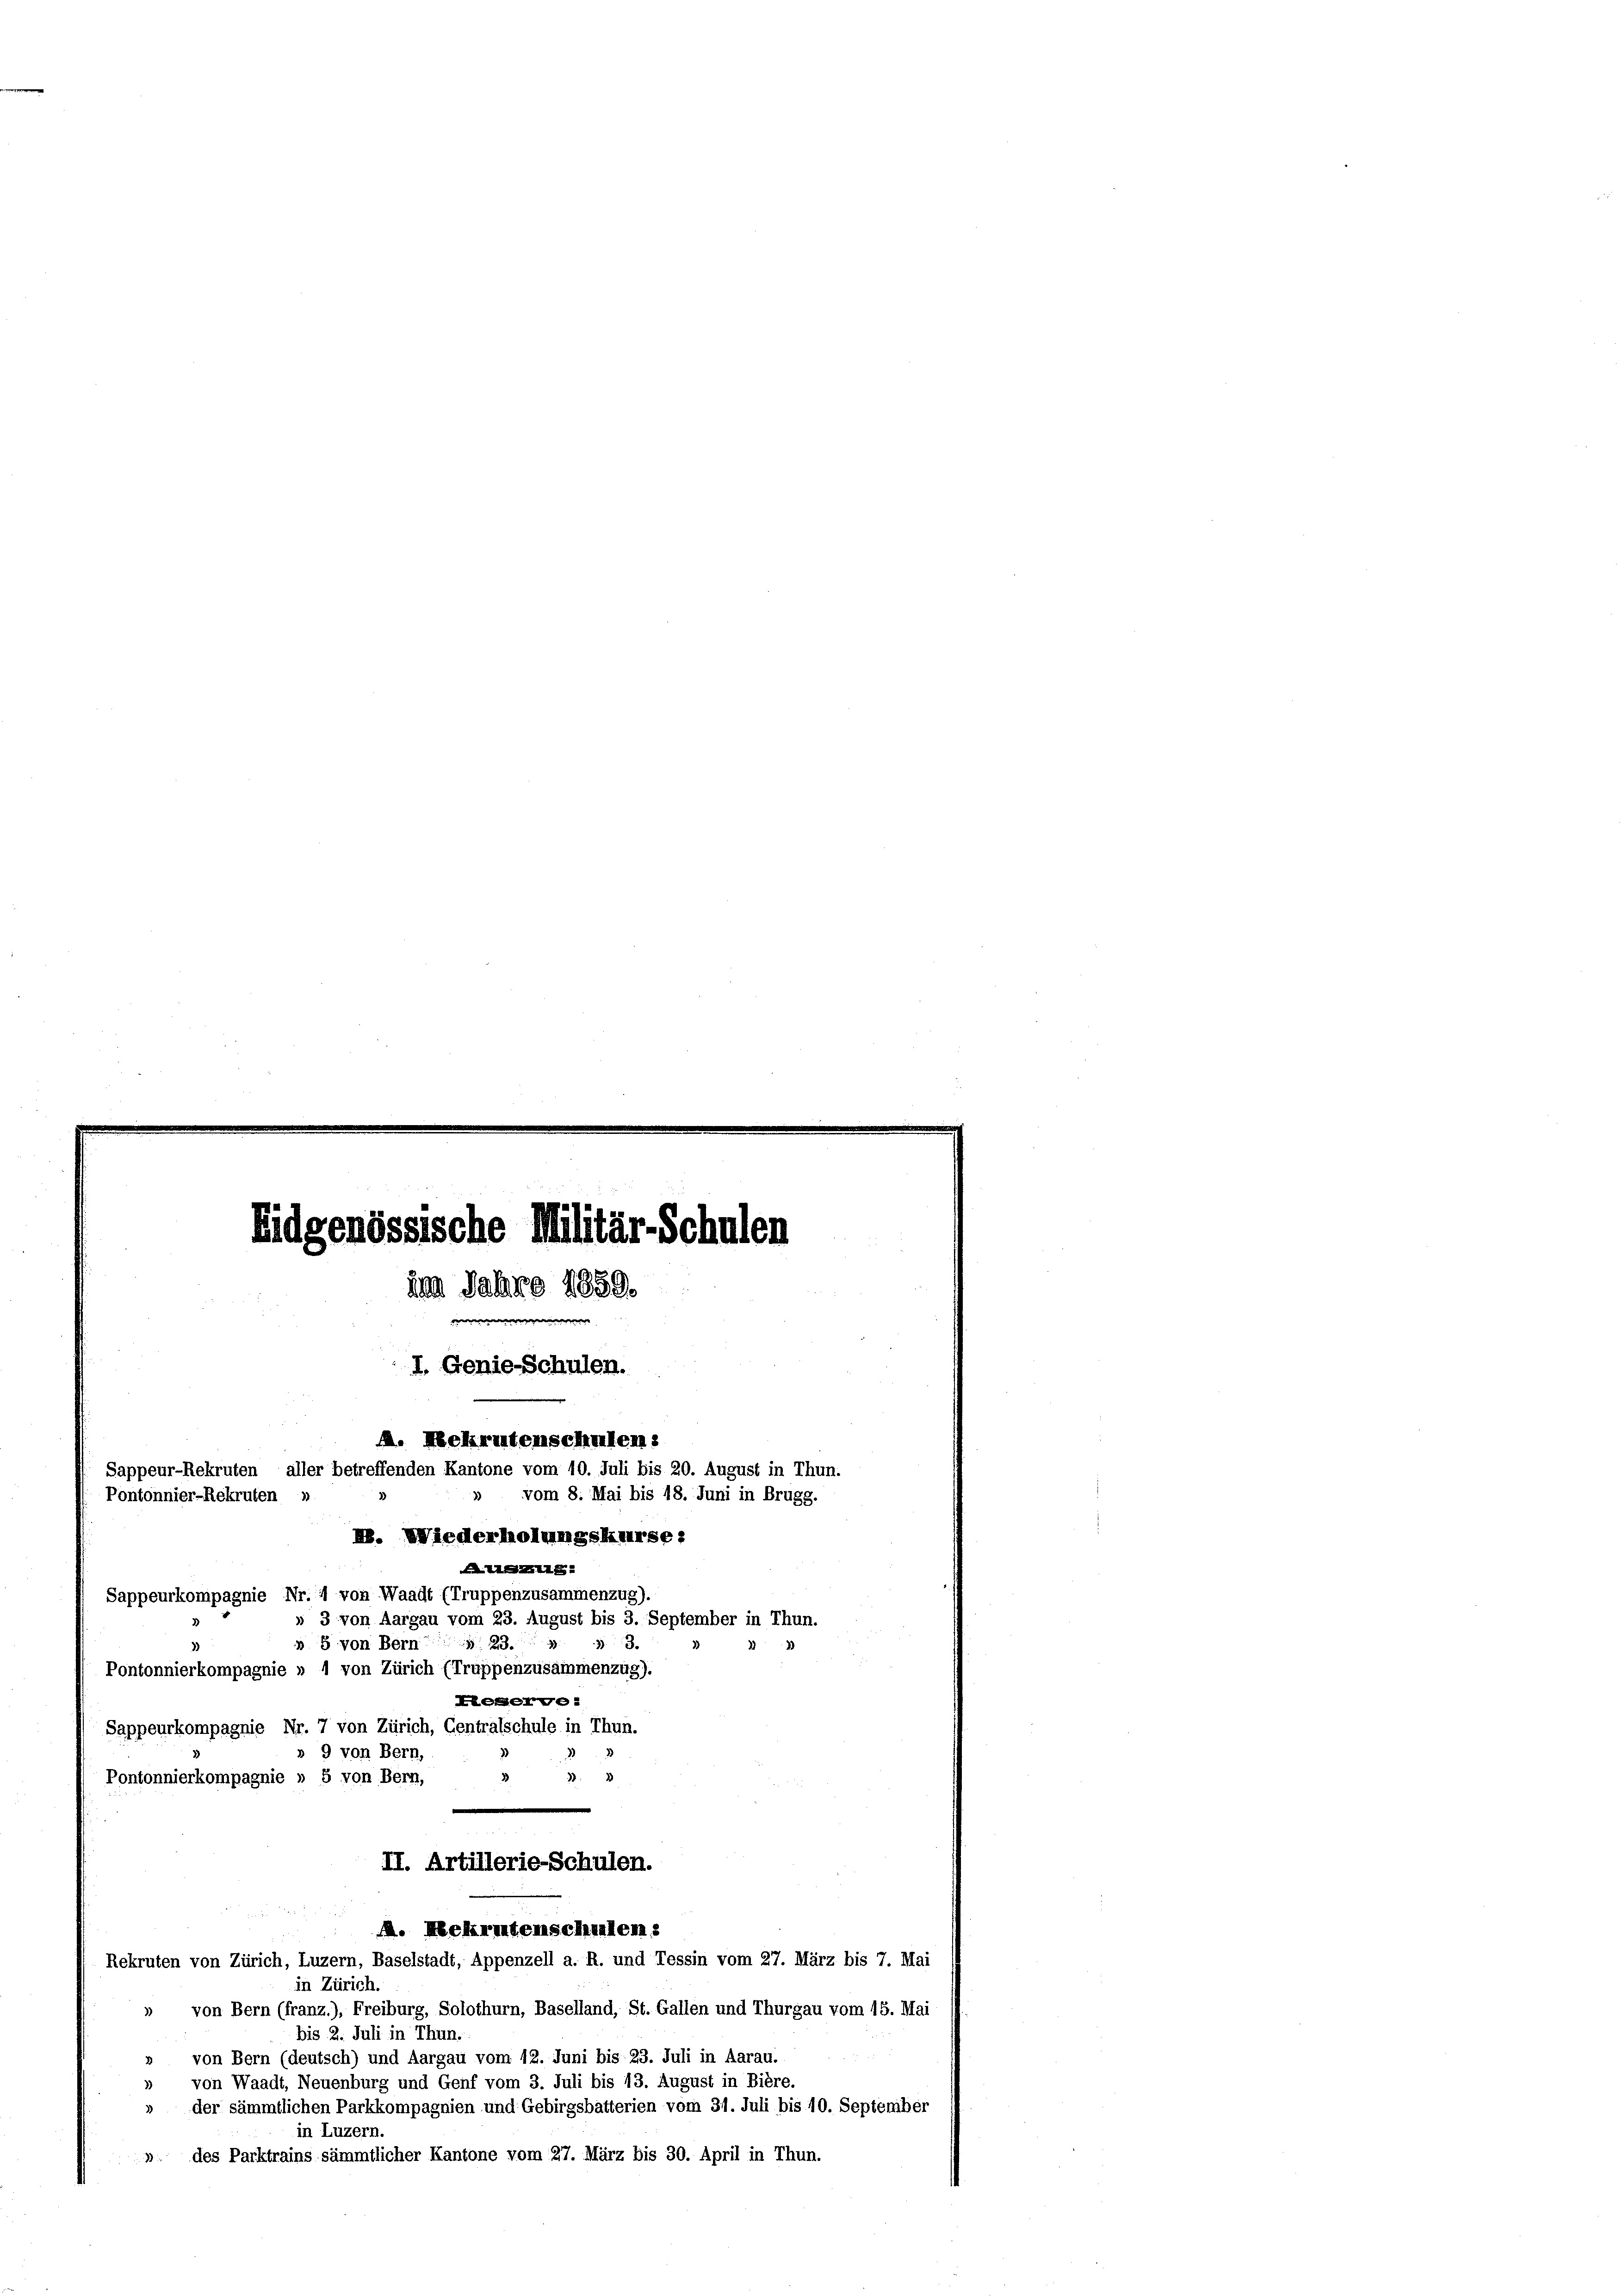
n

e
I. Genie-Schulen.

Eidgenössische Militär-Sch
im Jahre 1859.

Pontonnier-Rekruten »

A. Rekrutenschulen:
Sappeur-Rekruten, aller betreffenden Kantone vom 10. Juli bis 20. August in Thr
vom 8. Mai bis 18. Juni in Brugg.
3
I. Wiederholungskurse:
Aig

Sappeurkompagnie Nr. 4 von Waadt (Truppenzusammenzug).
» 3 von Aargau vom 23. August bis 3. September in Thun.
33.
 8 von Bern 23.
3
Pontonnierkompagnie » 1 von Zürich (Truppenzusammenzug).
Kesserge
Sappeurkompagnie Nr. 7 von Zürich, Centralschule in Thun.
» 9 von Bern,
332
Pontonnierkompagnie » 5 von Bern,
II. Artillerie-Schulen.
A. Rekrutenschulen.
Rekruten von Zürich, Luzern, Baselstadt, Appenzell a. R. und Tessin vom 27. März bis 7. Mai
in Zürich.
» von Bern (franz.), Freiburg, Solothurn, Baselland, St. Gallen und Thurgau vom 15. Mai
bis 2. Juli in Thun.
von Bern (deutsch) und Aargau vom 12. Juni bis 23. Juli in Aarau.
» von Waadt, Neuenburg und Genf vom 3. Juli bis 13. August in Bière.
» der sämmtlichen Parkkompagnien und Gebirgsbatterien vom 31. Juli bis 10. September
in Luzern.
» des Parktrains sämmtlicher Kantone vom 27. März bis 30. April in Thun.

alen